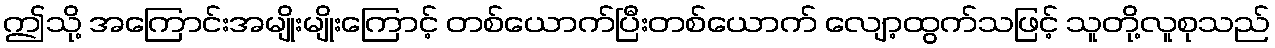
ဤသို့ အကြောင်းအမျိုးမျိုးကြောင့် တစ်ယောက်ပြီးတစ်ယောက် လျော့ထွက်သဖြင့် သူတို့လူစုသည်